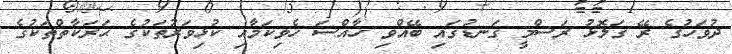
ދުވަހުގެ ރޭ ގަލޮޅު ރަސްމީ ގަނޑުގައި ބޭއްވި ޚާއްސަ ހެވިކަމާއި ކުޅިވަރުތަކުގެ ޙަރަކާތްތަކުގެ